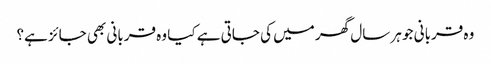
وہ قربانی جو ہر سال گھر میں کی جاتی ہے کیا وہ قربانی بھی جائز ہے؟